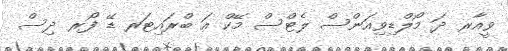
ވީއާރ ދަ މޯލްޑިވިއަންސް ލެޓްސް މޭކް އަ ބްރައިޓަރ ޑޭ ފޯރ ދިސް